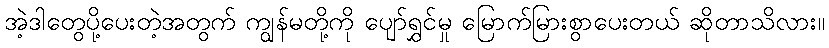
အဲ့ဒါတွေပို့ပေးတဲ့အတွက် ကျွန်မတို့ကို ပျော်ရွှင်မှု မြောက်မြားစွာပေးတယ် ဆိုတာသိလား။